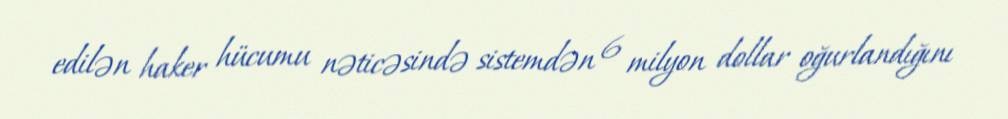
edilən haker hücumu nəticəsində sistemdən 6 milyon dollar oğurlandığını